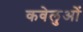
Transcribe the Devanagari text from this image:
कवेलुओं